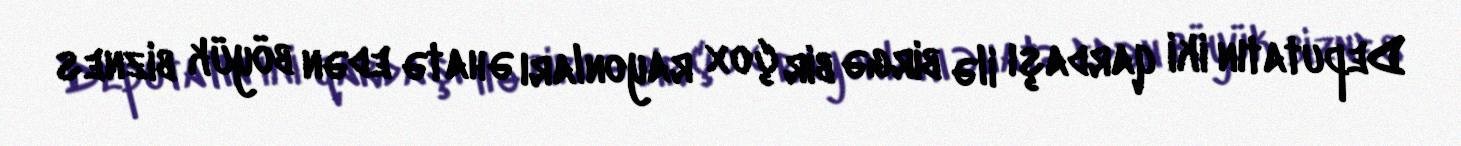
Deputatın iki qardaşı ilə birgə bir çox rayonları əhatə edən böyük biznes